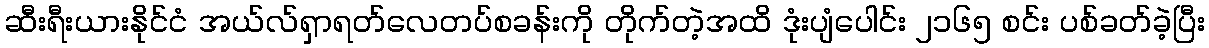
ဆီးရီးယားနိုင်ငံ အယ်လ်ရှာရတ်လေတပ်စခန်းကို တိုက်တဲ့အထိ ဒုံးပျံပေါင်း ၂၁၆၅ စင်း ပစ်ခတ်ခဲ့ပြီး